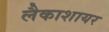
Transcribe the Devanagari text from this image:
लैकाशायर